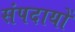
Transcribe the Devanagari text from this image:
संपदायों